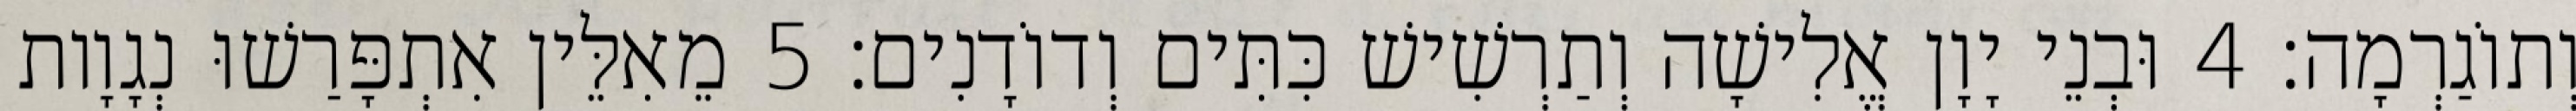
וְתוֹגַרְמָה׃ 4 וּבְנֵי יָוָן אֱלִישָׁה וְתַרְשִׁישׁ כִּתִּים וְדוֹדָנִים׃ 5 מֵאִלֵּין אִתְפָּרַשׁוּ נְגָוָות